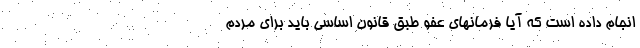
انجام داده است که آیا فرمانهای عفو طبق قانون اساسی باید برای مردم